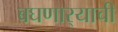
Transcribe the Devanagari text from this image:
बघणार्‍याची